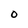
Character: 0